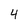
Character: 4